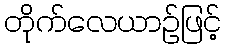
တိုက်လေယာဉ်ဖြင့်